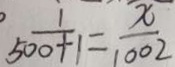
\frac { 1 } { 5 0 0 + 1 } = \frac { x } { 1 0 0 2 }